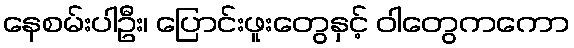
နေစမ်းပါဦး၊ ပြောင်းဖူးတွေနှင့် ဝါတွေကကော